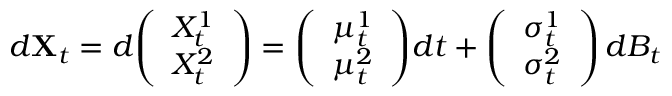
d \mathbf { X } _ { t } = d { \left( \begin{array} { l } { X _ { t } ^ { 1 } } \\ { X _ { t } ^ { 2 } } \end{array} \right) } = { \left( \begin{array} { l } { \mu _ { t } ^ { 1 } } \\ { \mu _ { t } ^ { 2 } } \end{array} \right) } d t + { \left( \begin{array} { l } { \sigma _ { t } ^ { 1 } } \\ { \sigma _ { t } ^ { 2 } } \end{array} \right) } \, d B _ { t }